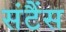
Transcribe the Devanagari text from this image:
संटैंस